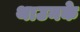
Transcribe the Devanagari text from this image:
थाउनके